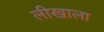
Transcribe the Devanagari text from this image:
लीखाला